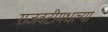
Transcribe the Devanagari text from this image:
राजवटीमधल्या